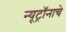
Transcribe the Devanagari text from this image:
न्यूट्रॉनाचे